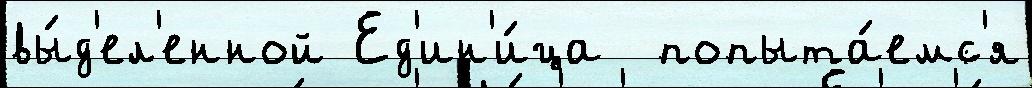
вы́д'ел'енной Ед'ин'и́ца  попыта́емс'я